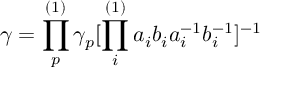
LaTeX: \gamma = \prod _ { p } ^ { ( 1 ) } \gamma _ { p } [ \prod _ { i } ^ { ( 1 ) } a _ { i } b _ { i } a _ { i } ^ { - 1 } b _ { i } ^ { - 1 } ] ^ { - 1 }